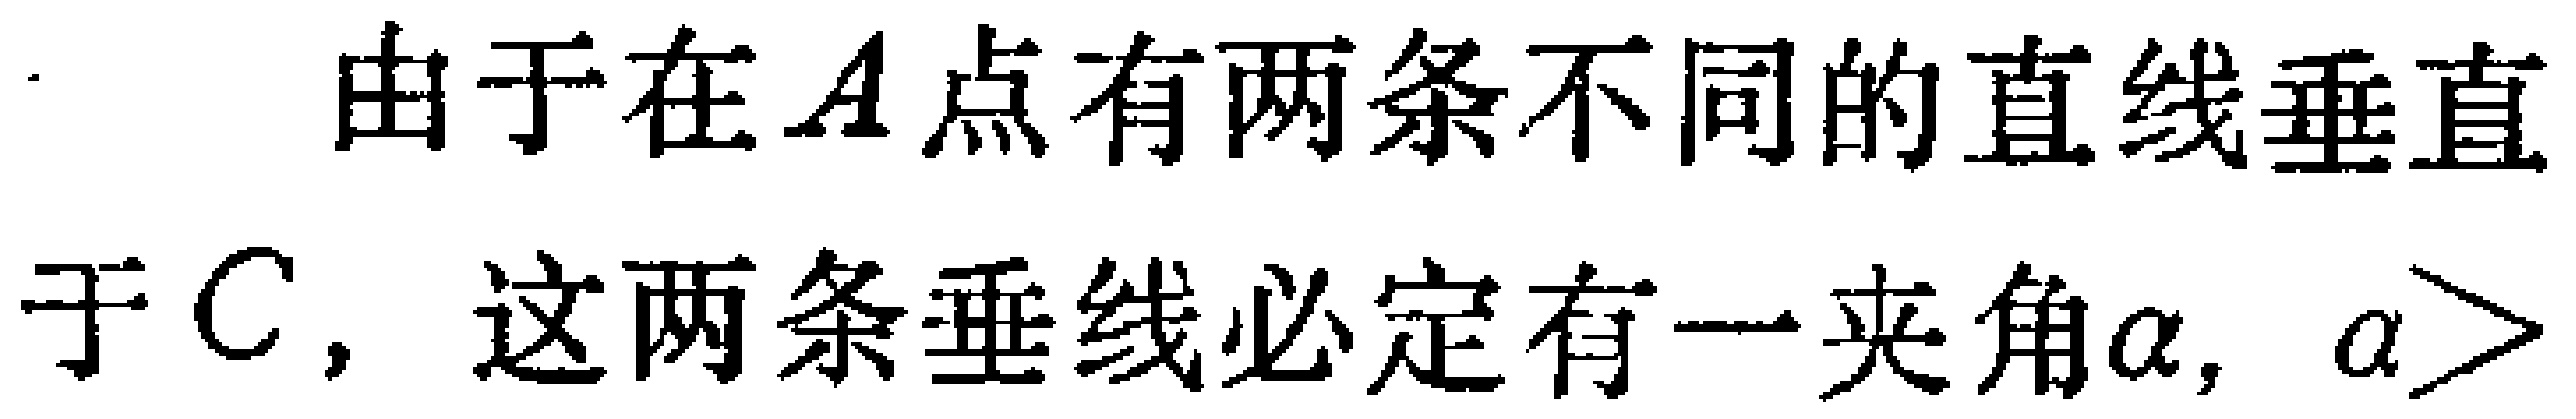
由于在\(A\)点有两条不同的直线垂直于\(C\)，这两条垂线必定有一夹角\(\alpha\)，\(\alpha >\)